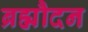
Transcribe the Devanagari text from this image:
ब्रह्मौदन